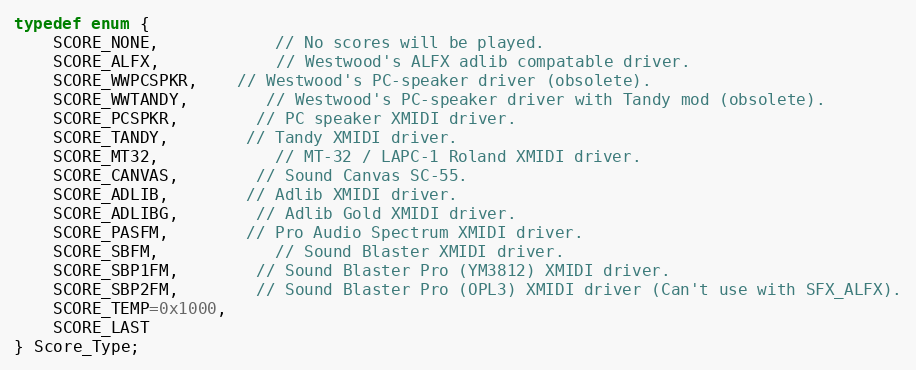
Language: C
typedef enum {
	SCORE_NONE,			// No scores will be played.
	SCORE_ALFX,			// Westwood's ALFX adlib compatable driver.
	SCORE_WWPCSPKR,	// Westwood's PC-speaker driver (obsolete).
	SCORE_WWTANDY,		// Westwood's PC-speaker driver with Tandy mod (obsolete).
	SCORE_PCSPKR,		// PC speaker XMIDI driver.
	SCORE_TANDY,		// Tandy XMIDI driver.
	SCORE_MT32,			// MT-32 / LAPC-1 Roland XMIDI driver.
	SCORE_CANVAS,		// Sound Canvas SC-55.
	SCORE_ADLIB,		// Adlib XMIDI driver.
	SCORE_ADLIBG,		// Adlib Gold XMIDI driver.
	SCORE_PASFM,		// Pro Audio Spectrum XMIDI driver.
	SCORE_SBFM,			// Sound Blaster XMIDI driver.
	SCORE_SBP1FM,		// Sound Blaster Pro (YM3812) XMIDI driver.
	SCORE_SBP2FM,		// Sound Blaster Pro (OPL3) XMIDI driver (Can't use with SFX_ALFX).
	SCORE_TEMP=0x1000,
	SCORE_LAST
} Score_Type;